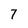
Character: 7